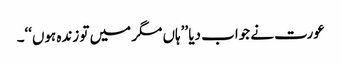
عورت نے جواب دیا ’’ہاں مگر میں تو زندہ ہوں‘‘۔